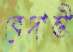
বেদান্তী